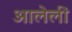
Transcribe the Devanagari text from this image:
आलेलीं